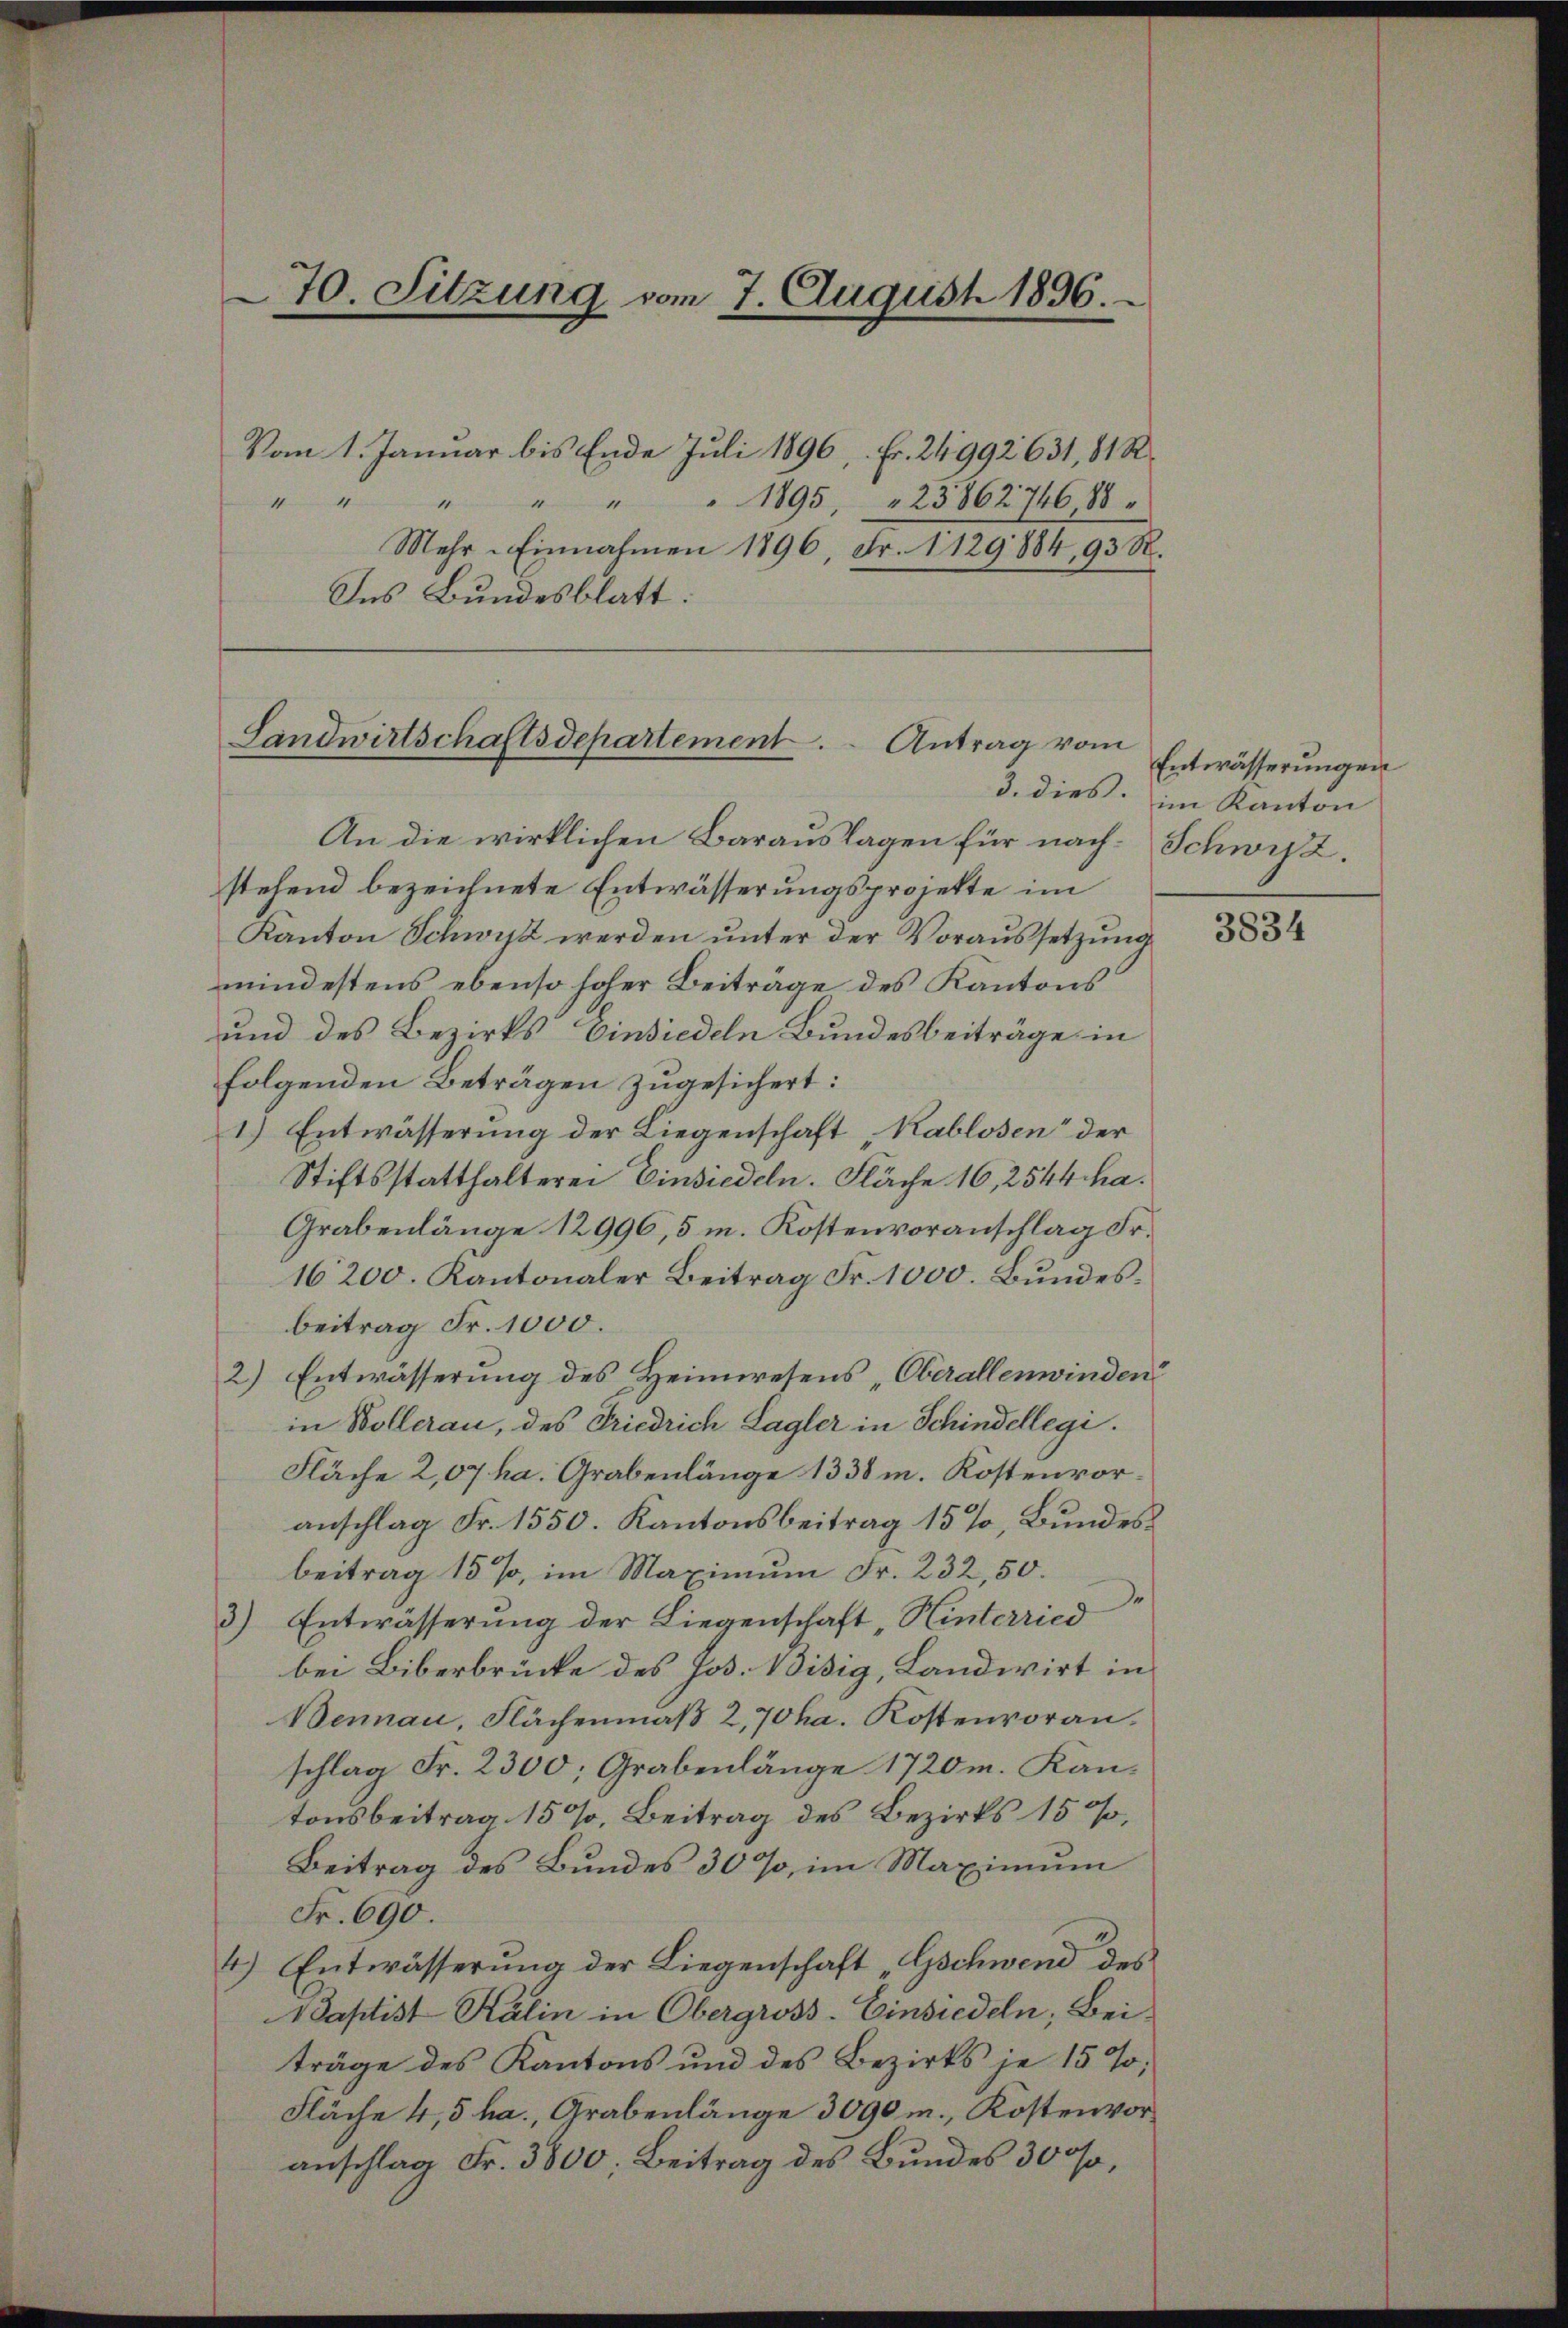
70. Sitzung vom 7. August 1896.

Vom 1. Januar bis Ende Juli 1896, Fr. 24992 631, 81 R.
1
44
Mehr-Einnahmen 1896, Fr. 1129884, 93 R.
Ins Bundesblatt.

Landwirtschaftsdepartement . . Antrag vom

An die wirklichen Barauslagen für nach-Schwyz.
stehend bezeichnete Entwässerungsprojekte im
Kanton Schwyz werden unter der Voraussetzung
mindestens ebenso hoher Beiträge des Kantons
und des Bezirks Einsiedeln Bundesbeiträge in
folgenden Beträgen zugesichert:
1.) Entwässerung der Liegenschaft „Kablosen“ der
Stiftsstatthalterei Einsiedeln. Fläche 16, 2544 ha.
Grabenlänge 12996,5 m. Kostenvoranschlag Fr.
16200. Kantonaler Beitrag Fr. 1000. Bundesbeitrag Fr. 1000.
2) Entwässerung des Heimwesens „Oberallenwinden?
in Wollerau, des Friedrich Lagler in Schindellegi
Fläche 2,07 ha. Grabenlänge 1338 m. Kostenvoranschlag Fr. 1550. Kantonsbeitrag 15%, Bundesbeitrag 15 %, im Maximum Fr. 232, 50.
3) Entwässerung der Liegenschaft Hinterried
bei Biberbrücke des Jos. Visig, Landwirt in
Bennau, Flächenmaß 2,70 ha. Kostenvoranschlag Fr. 2300; Grabenlänge 1720m. Kantonsbeitrag 15%, Beitrag des Bezirks 150,
Beitrag des Bundes 30%, im Maximum
Fr. 690.
4.) Entwässerŭng der Liegenschaft „Gschwend des
Adaptist Kälin in Obergross-Einsiedeln, Beiträge des Kantons und des Bezirks je 15%;
Fläche 4,5 ha., Grabenlänge 3090 m., Kostenvoranschlag Fr. 3800. Beitrag des Bundes 300 fr,

" " " 1895, 23862746,88

Entwässerungen
3. dies: im Kanton

3834